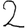
Digit: 2